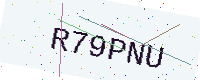
Text: R79PNU